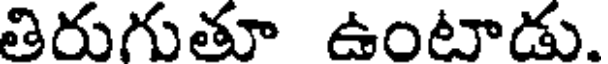
తిరుగుతూ ఉంటాడు.